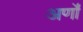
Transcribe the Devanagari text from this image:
अर्णों